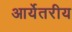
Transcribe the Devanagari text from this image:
आर्येतरीय